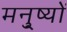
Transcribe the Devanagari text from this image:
मनु्ष्यों